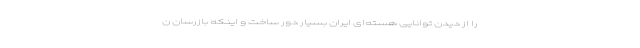
را از دیدن توانایی هسته‌ای ایران بسیار دور ساخت و اینکه بازرسان ن